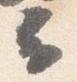
云